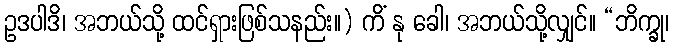
ဥဒပါဒိ၊ အဘယ်သို့ ထင်ရှားဖြစ်သနည်း။) ကိံ နု ခေါ၊ အဘယ်သို့လျှင်။ “ဘိက္ခု၊